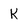
Character: K